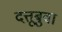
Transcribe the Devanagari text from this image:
दत्तूबुवा